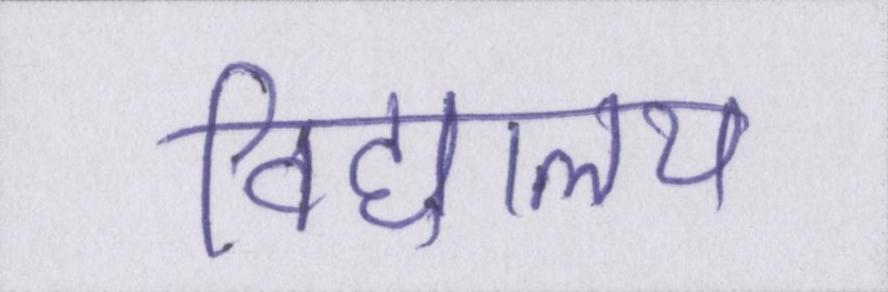
विद्यालय